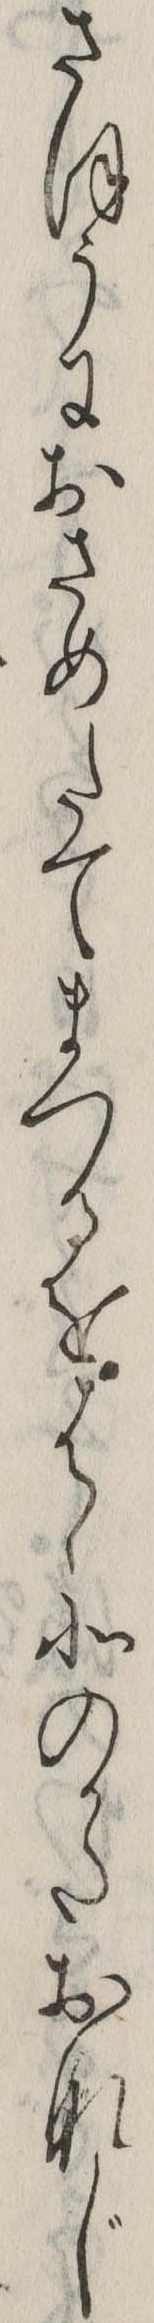
さほうにおさめたてまつるをはゝ北のかたおなじ